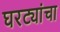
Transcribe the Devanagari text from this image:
घरट्यांचा